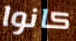
كانوا